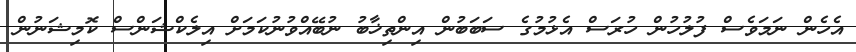
އެހެން ނަމަވެސް ފުލުހުން ހުރަސް އެޅުމުގެ ސަބަބުން އިންތިޚާބު ނުބޭއްވުނުކަމަށް އިލެކްޝަންސް ކޮމިޝަނުން